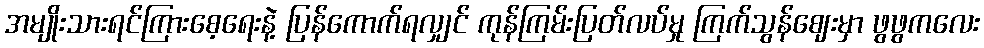
အမျိုးသားရင်ကြားစေ့ရေးနဲ့ ပြန်ကောက်ရလျှင် ကုန်ကြမ်းပြတ်လပ်မှု ကြက်သွန်ဈေးမှာ ဖွဖွကလေး